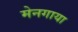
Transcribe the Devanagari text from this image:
मेनगाया